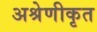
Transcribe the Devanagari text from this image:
अश्रेणीकृत